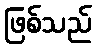
ဖြစ်သည်